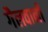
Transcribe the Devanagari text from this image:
गैलवानी